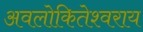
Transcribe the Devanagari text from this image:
अवलोकितेश्वराय